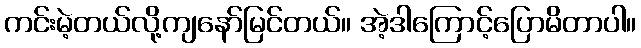
ကင်းမဲ့တယ်လို့ကျနော်မြင်တယ်။ အဲ့ဒါကြောင့်ပြောမိတာပါ။